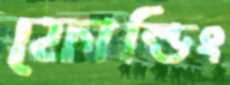
ফোল্ডিং